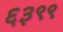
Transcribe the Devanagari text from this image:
६३९९